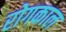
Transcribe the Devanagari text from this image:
रोगकाल